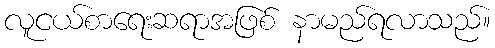
လူငယ်စာရေးဆရာအဖြစ် နာမည်ရလာသည်။